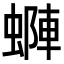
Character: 𧏶